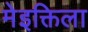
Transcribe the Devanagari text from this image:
मेइक्तिला